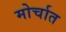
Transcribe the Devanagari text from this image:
मोर्चात